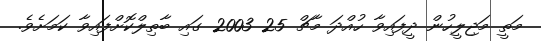
މަތީ މަޖިލީހުން ދީފައިވާ ހުއްދަ މާޗް 25 2003 ގައި ބާތިލްކޮށްފައިވާ ކަމަށެވެ.